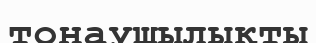
тонаушылықты